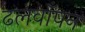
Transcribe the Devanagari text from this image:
ढलवाँपन